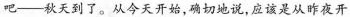
吧--秋天到了。从今天开始，确切地说，应该是从昨夜开